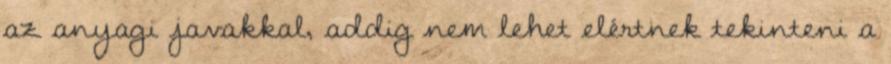
az anyagi javakkal, addig nem lehet elértnek tekinteni a